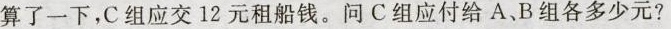
算了一下，C组应交12元租船钱。问C组应付给A、B组各多少元?